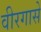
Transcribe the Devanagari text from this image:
वीरगासे